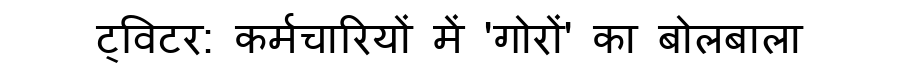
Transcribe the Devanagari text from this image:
ट्विटर: कर्मचारियों में 'गोरों' का बोलबाला